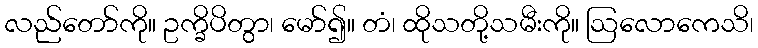
လည်တော်ကို။ ဥက္ခိပိတွာ၊ မော်၍။ တံ၊ ထိုသတို့သမီးကို။ ဩလောကေသိ၊